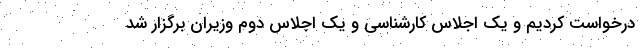
درخواست کردیم و یک اجلاس کارشناسی و یک اجلاس دوم وزیران برگزار شد